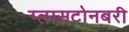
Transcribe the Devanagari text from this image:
ग्लासटोनबरी